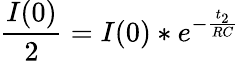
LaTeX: \frac{I(0)}{2}=I(0)*e^{-\frac{t_{2}}{RC}}